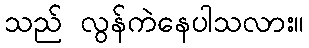
သည် လွန်ကဲနေပါသလား။